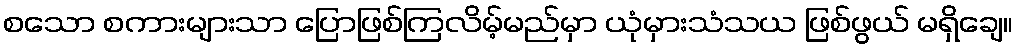
စသော စကားများသာ ပြောဖြစ်ကြလိမ့်မည်မှာ ယုံမှားသံသယ ဖြစ်ဖွယ် မရှိချေ။